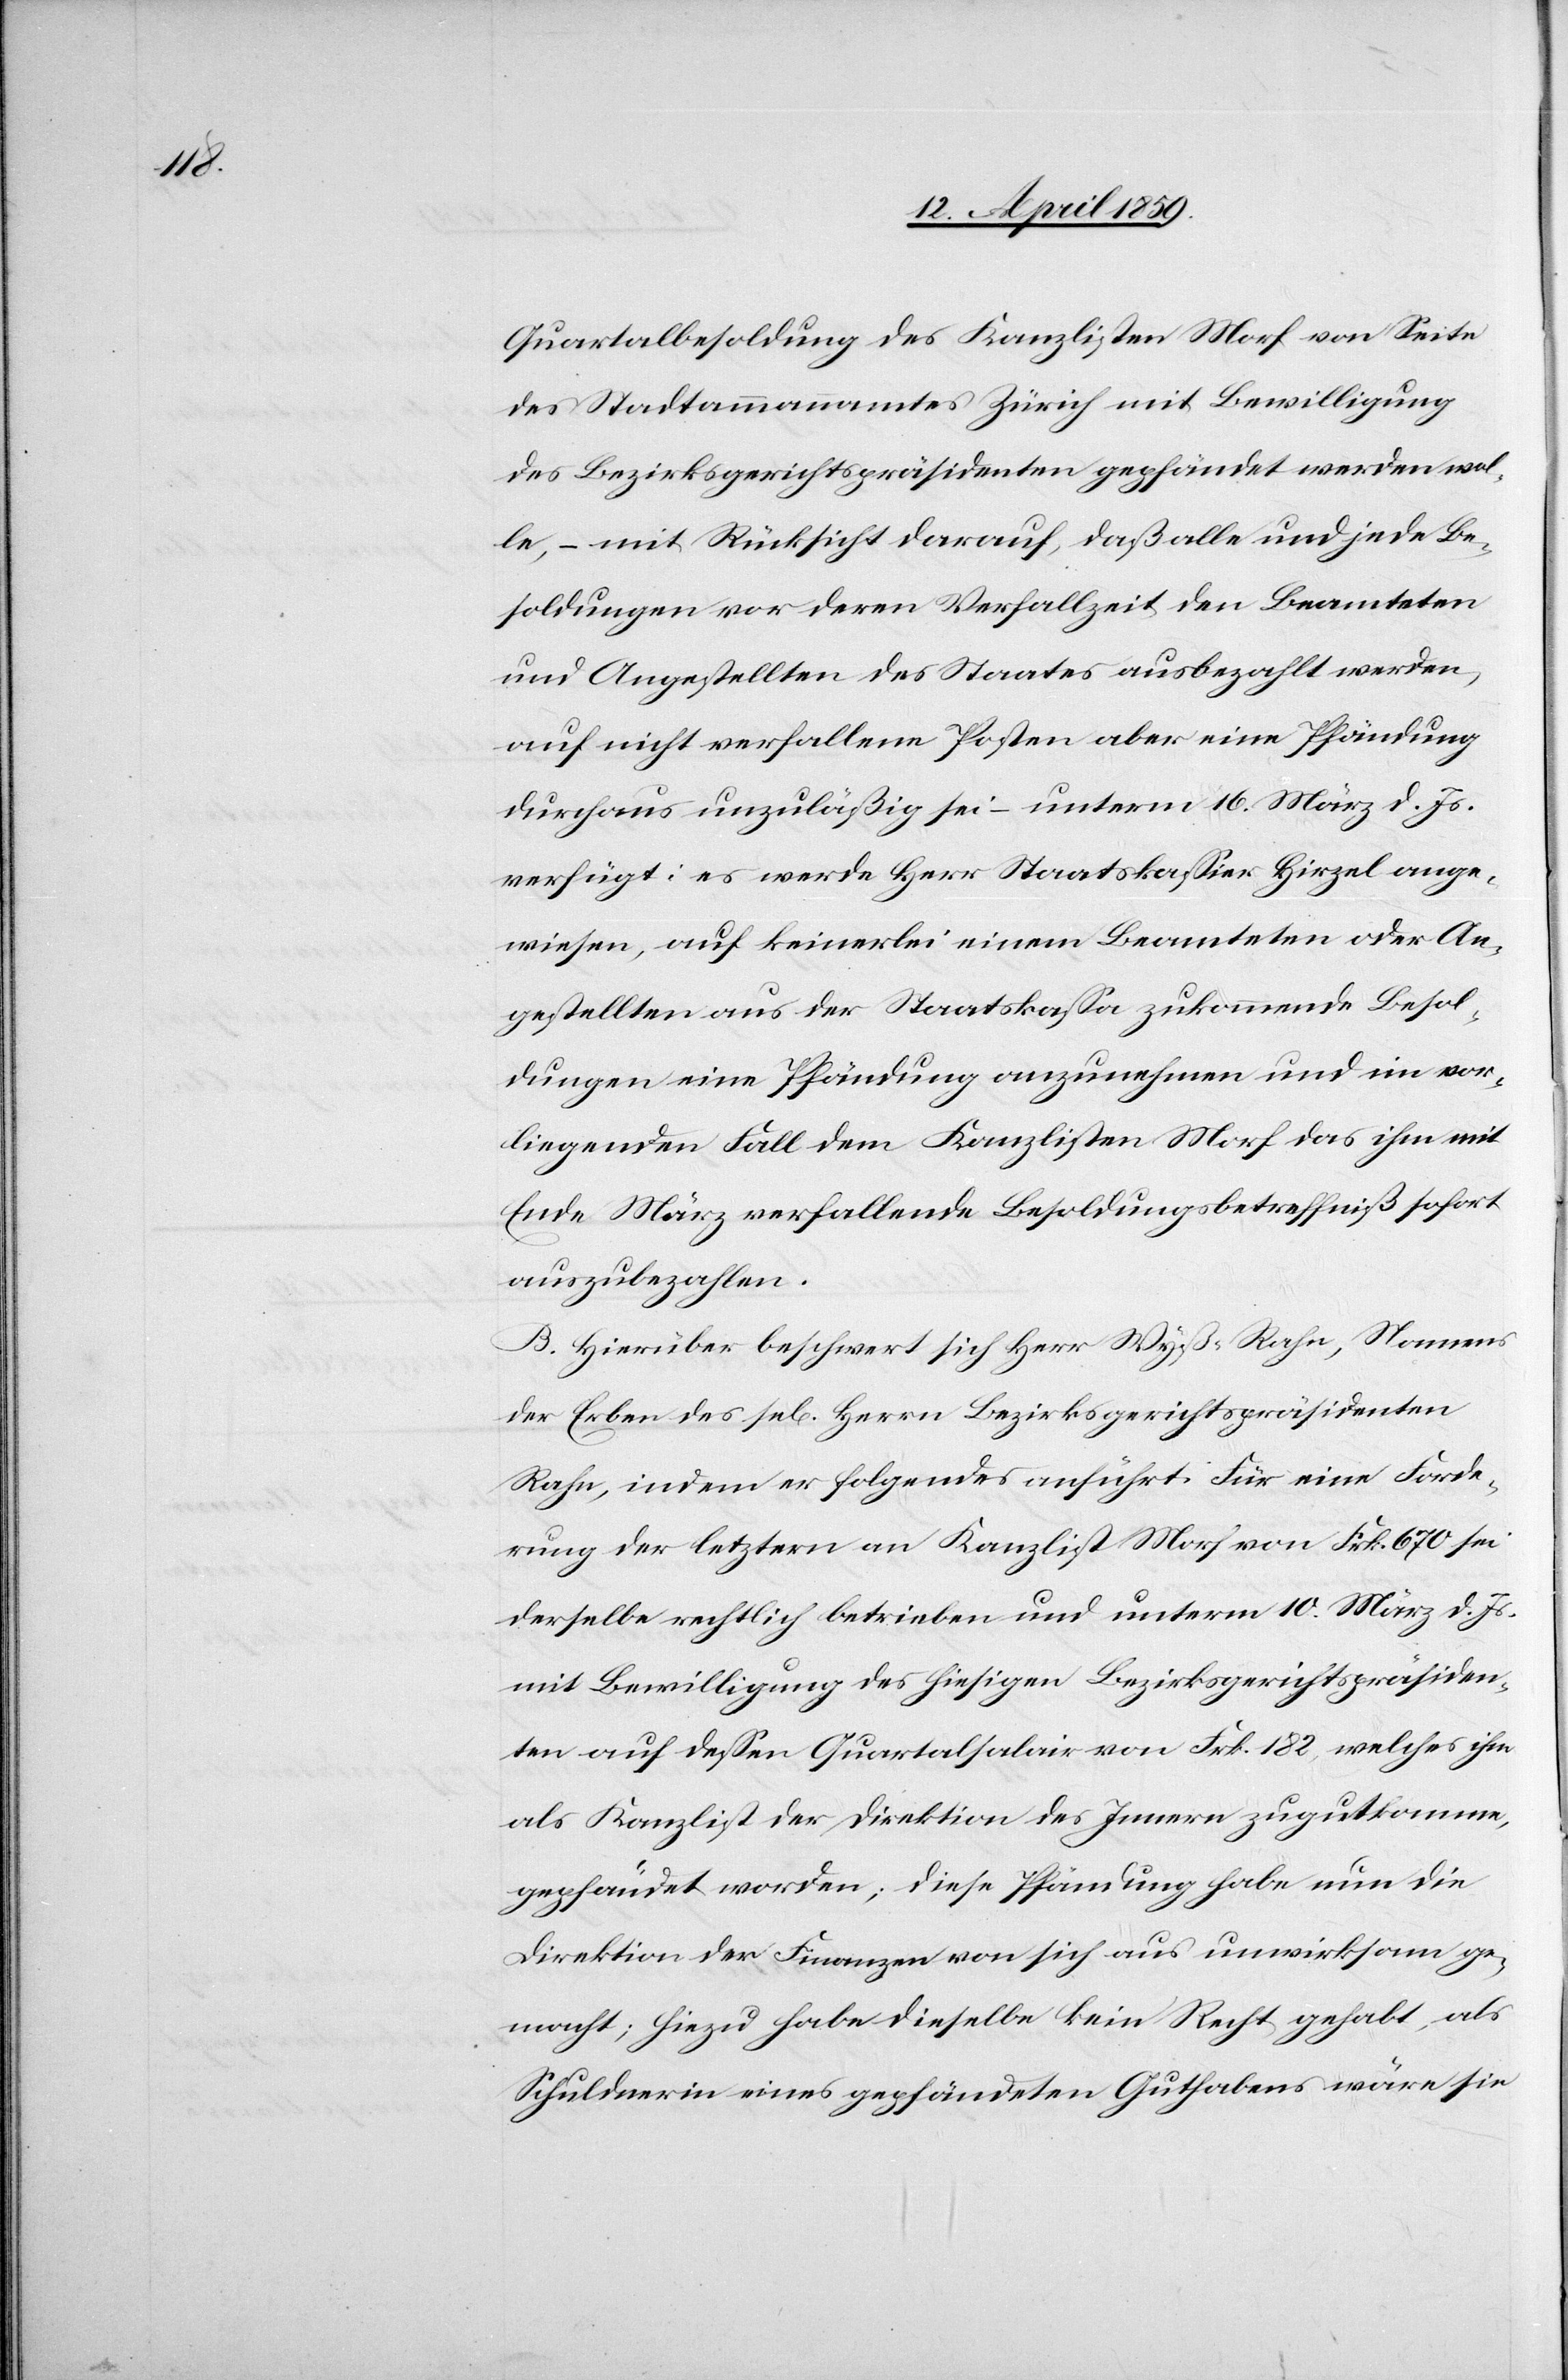
Quartalbesoldung des Kanzlisten Morf von Seite
des Stadtammannamtes Zürich mit Bewilligung
des Bezirksgerichtspräsidenten gepfändet werden wol¬
le, ‒ mit Rücksicht darauf, daß alle und jede Be¬
soldung vor deren Verfallzeit den Beamteten
und Angestellten des Staates ausbezahlt werden,
auf nicht verfallene Posten aber eine Pfändung
durchaus unzuläßg sei ‒ unterm 16. März d. Js.
verfügt: es werde Herr Staatskaßier Hirzel ange¬
wiesen, auf keinerlei einem Beamteten oder An¬
gestellten aus der Staatskaßa zukommende Besol¬
dungen eine Pfändung anzunehmen und im vor¬
liegenden Fall dem Kanzlisten Morf das ihm mit
Ende März verfallende Besoldungsbetreffniß sofort
auszubezahlen.
B. Hierüber beschwert sich Herr Wyß-Rahn, Namens
der Erben des sel. Herrn Bezirksgerichtspräsidenten
Rahn, indem er folgendes anführt. Für eine Forde¬
rung der letztern an Kanzlist Morf von Frk. 670 sei
derselbe rechtlich betrieben und unterm 10. März d. Js.
mit Bewilligung des hiesigen Bezirksgerichtspräsiden¬
ten auf deßen Quartalsalair von Frk. 182, welches ihm
als Kanzlist der Direktion des Innern zugutkomme,
gepfändet worden; diese Pfändung habe nun die
Direktion der Finanzen von sich aus unwirksam ge¬
macht; hiezu habe dieselbe kein Recht gehabt, als
Schuldnerin eines gepfändeten Guthabens wäre sie